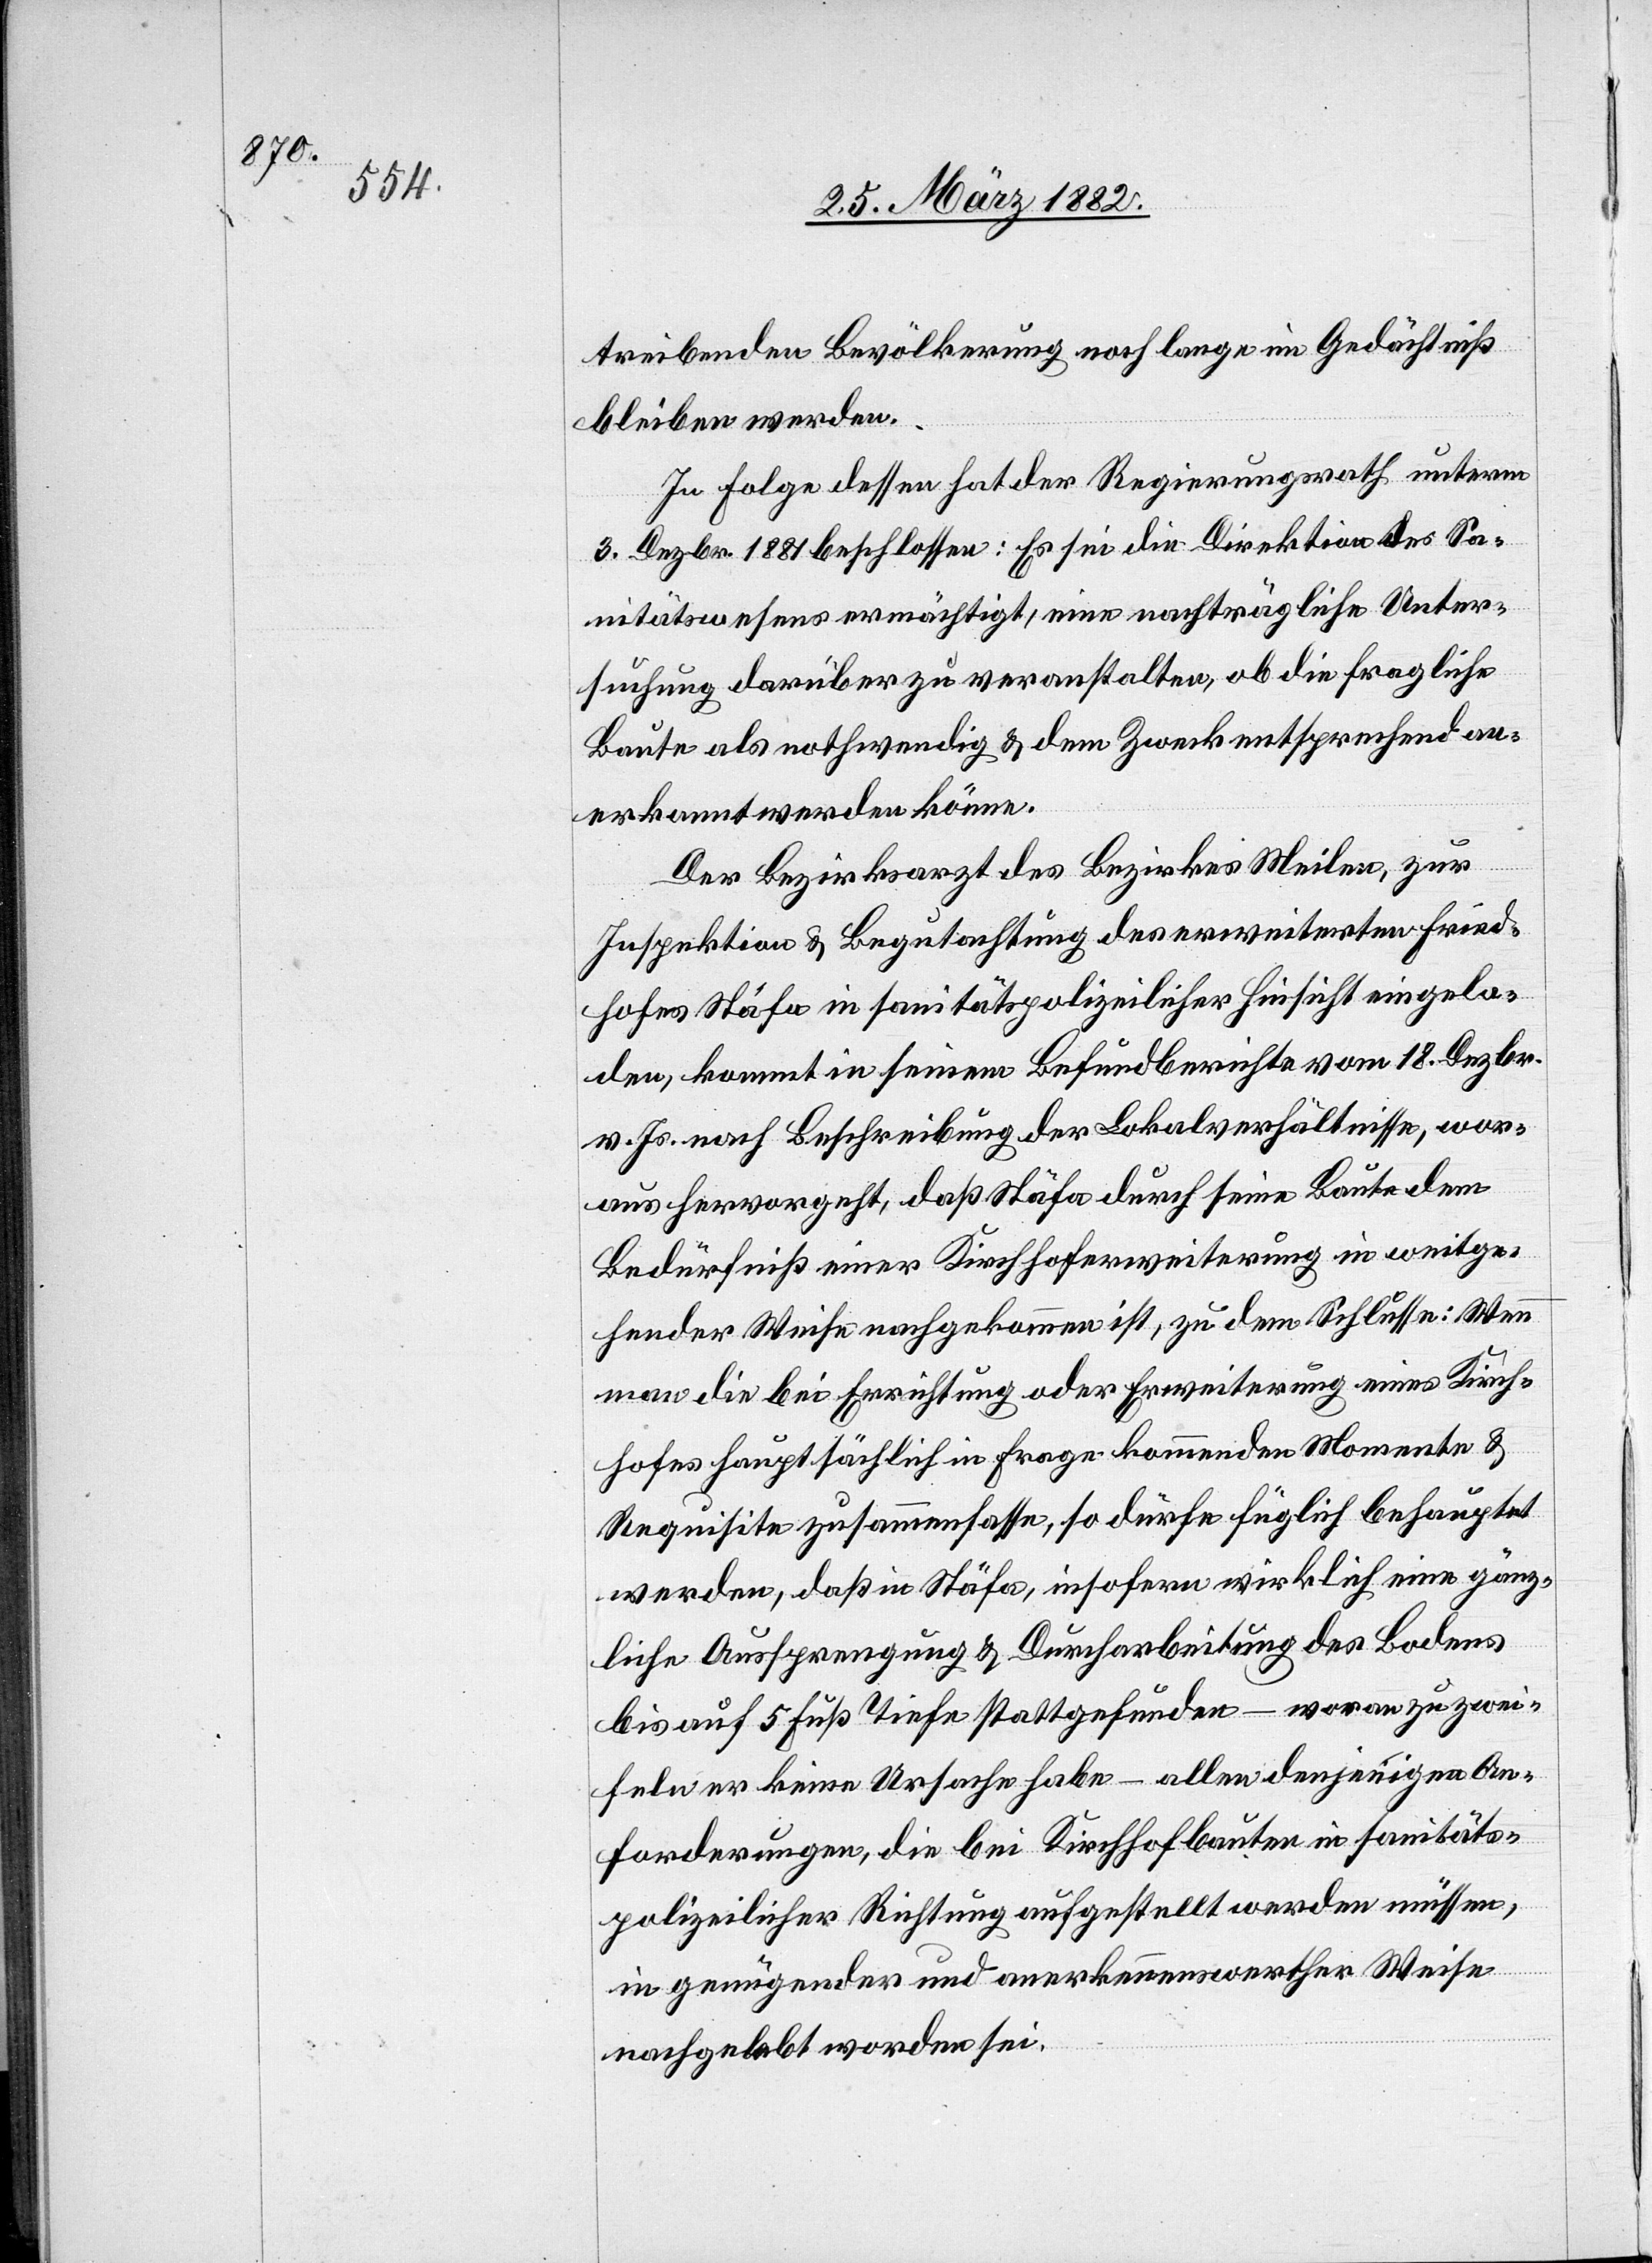
treibenden Bevölkerung noch lange im Gedächniß
bleiben werden.
In Folge dessen hat der Regierungsrath unterm
3. Dezbr. 1882 beschlossen: Es sei die Direktion des Sa¬
nitätswesens ermächtigt, eine nachträgliche Unter¬
suchung darüber zu veranstalten, ob die fragliche
Baute als nothwendig & dem Zweck entsprechend an¬
erkannt werden könne.
Der Bezirksarzt des Bezirkes Meilen, zur
Inspektion & Begutachtung des erweiterten Fried¬
hofes Stäfa in sanitätspolizeilicher Hinsicht eingela¬
den, kommt in seinem Befundsberichte vom 18. Dezbr.
v. Js. nach Beschreibung der Lokalverhältnisse, wor¬
aus hervorgeht, daß Stäfa durch seine Baute dem
Bedürfnis einer Kirchhoferweiterung in weitge¬
hender Weise nachgekommen ist, zu dem Schlusse: Wenn
man die bei Errichtung oder Erweiterung eines Kirch¬
hofes hauptsächlich in Frage kommenden Momente &
Requisite zusammenfasse, so dürfe füglich behauptet
werden, daß in Stäfa, insofern wirklich eine gänz¬
liche Aussprengung & Durcharbeitung des Bodens
bis aus 5 Fuß Tiefe stattgefunden – woran zu zwei¬
feln er keine Ursache habe – allen denjenigen An¬
forderungen, die bei Kirchhofbauten in sanitäts¬
polizeilicher Richtung aufgestellt werden müssen,
in genügender und anerkennenswerther Weise
nachgelebt worden sei.